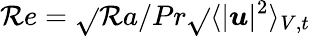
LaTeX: \mathcal{R}e=\sqrt{}{{\mathcal{R}a/Pr}}\sqrt{}{{\langle|\boldsymbol{u}|^{2}\rangle_{V,t}}}